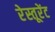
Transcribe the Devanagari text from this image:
रेस्तूरेंट